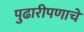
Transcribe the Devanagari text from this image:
पुढारीपणाचे